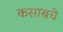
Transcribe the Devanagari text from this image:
कसाबचे